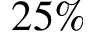
2 5 \%